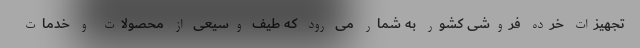
تجهیزات خرده فروشی کشور به شمار می رود که طیف وسیعی از محصولات و خدمات